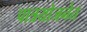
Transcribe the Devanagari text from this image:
पात्रयोजनेत